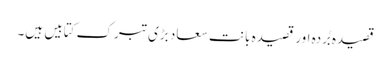
قصیدہ بُردہ اور قصیدہ بانت سعاد بڑی تبرک کتابیں ہیں۔